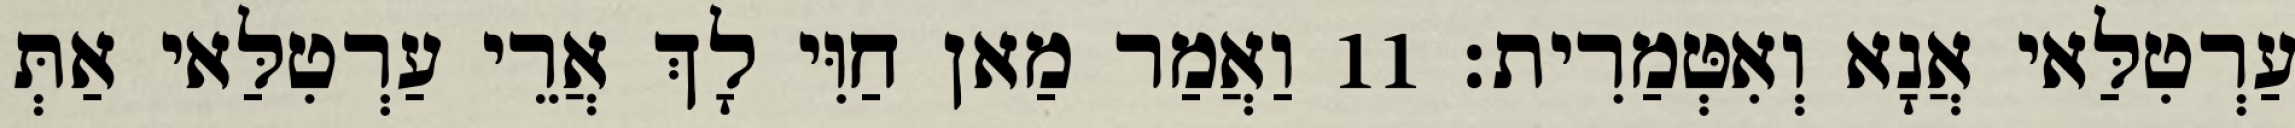
עַרְטִלַּאי אֲנָא וְאִטְּמַרִית׃ 11 וַאֲמַר מַאן חַוִּי לָךְ אֲרֵי עַרְטִלַּאי אַתְּ